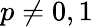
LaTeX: p\neq 0,1